Elephants and their diseases
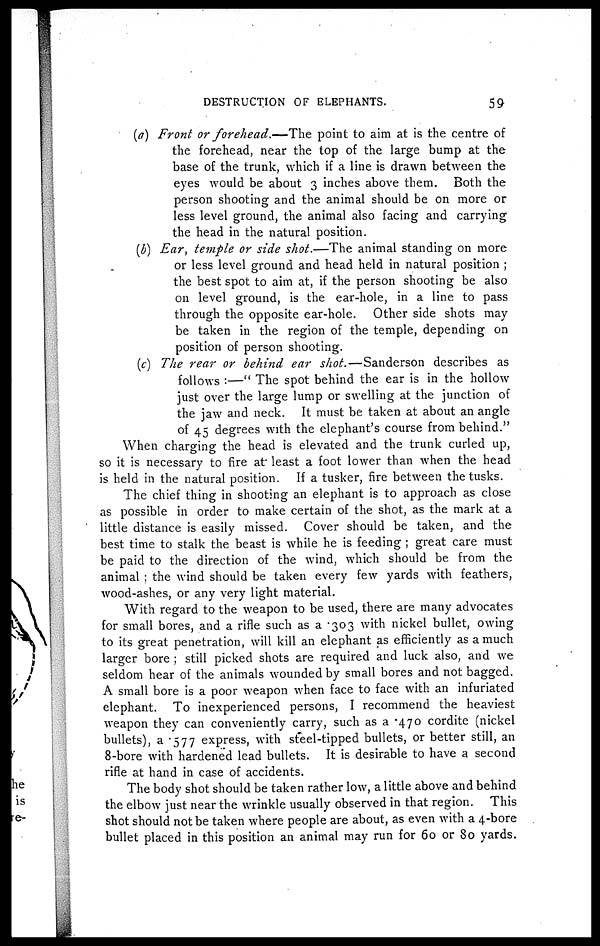
DESTRUCTION OF ELEPHANTS.
59
(a) Front or forehead.—The
point to aim at is the centre of
the forehead, near the top of the large bump at the
base of the trunk, which if a line is drawn between the
eyes would be about 3 inches above them. Both the
person shooting and the animal should be on more or
less level ground, the animal also facing and carrying
the head in the natural position.
(b) Ear, temple or side shot.—The animal standing on more
or less level ground and head held in natural position ;
the best spot to aim at, if the person shooting be also
on level ground, is the ear-hole, in a line to pass
through the opposite ear-hole. Other side shots may
be taken in the region of the temple, depending on
position of person shooting.
(c) The rear or behind ear shot.—Sanderson
describes as
follows :—" The spot behind the ear is in the hollow
just over the large lump or swelling at the junction of
the jaw and neck. It must be taken at about an angle
of 45 degrees with the elephant's course from behind."
When charging the head is elevated and the trunk curled up,
so it is necessary to fire at least a foot lower than when the head
is held in the natural position. If a tusker, fire between the tusks.
The chief thing in shooting an elephant is to approach as close
as possible in order to make certain of the shot, as the mark at a
little distance is easily missed. Cover should be taken, and the
best time to stalk the beast is while he is feeding ; great care must
be paid to the direction of the wind, which should be from the
animal ; the wind should be taken every few yards with feathers,
wood-ashes, or any very light material.
With regard to the weapon to be used, there are many advocates
for small bores, and a rifle such as a 303 with nickel bullet, owing
to its great penetration, will kill an elephant as efficiently as a much
larger bore ; still picked shots are required and luck also, and we
seldom hear of the animals wounded by small bores and not bagged.
A small bore is a poor weapon when face to face with an infuriated
elephant. To inexperienced persons, I recommend the heaviest
weapon they can conveniently carry, such as a 470 cordite (nickel
bullets), a 577 express, with steel-tipped bullets, or better still, an
8-bore with hardened lead bullets. It is desirable to have a second
rifle at hand in case of accidents.
The body shot should be taken rather low, a little above and behind
the elbow just near the wrinkle usually observed in that region. This
shot should not be taken where people are about, as even with a 4-bore
bullet placed in this position an animal may run for 60 or 80 yards.